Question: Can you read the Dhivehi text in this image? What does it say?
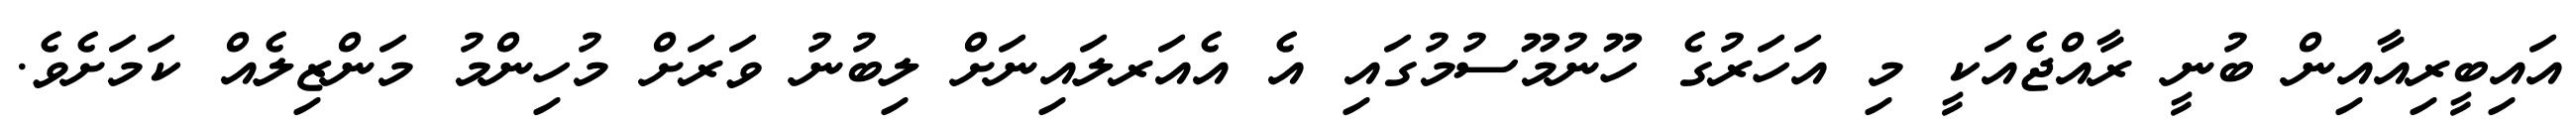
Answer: އައިބީރިއާއިން ބުނީ ރާއްޖެއަކީ މި އަހަރުގެ ހޫނުމޫސުމުގައި އެ އެއަރލައިނަށް ލިބުނު ވަރަށް މުހިންމު މަންޒިލެއް ކަމަށެވެ.